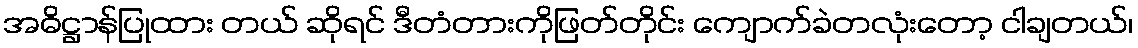
အဓိဋ္ဌာန်ပြုထား တယ် ဆိုရင် ဒီတံတားကိုဖြတ်တိုင်း ကျောက်ခဲတလုံးတော့ ငါချတယ်၊